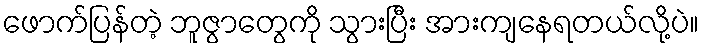
ဖောက်ပြန်တဲ့ ဘူဇွာတွေကို သွားပြီး အားကျနေရတယ်လို့ပဲ။